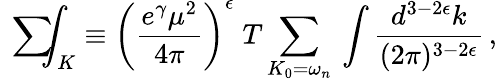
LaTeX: \mathrm{~\sum~}\! \! \! \! \! \! \int_{K}\equiv\left({\frac{e^{\gamma}\mu^{2}}{4\pi}}\right)^{\epsilon}\; T\sum_{K_{0}=\omega_{n}}\: \int{\frac{d^{3-2\epsilon}k}{(2\pi)^{3-2\epsilon}}}\, ,